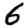
Digit: 6